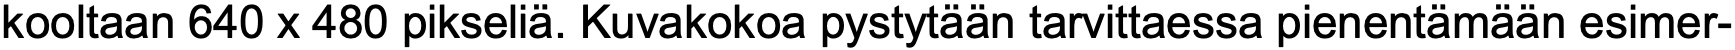
kooltaan 640 x 480 pikseliä. Kuvakokoa pystytään tarvittaessa pienentämään esimer-